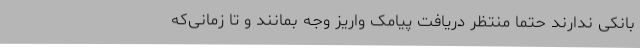
بانکی ندارند حتما منتظر دریافت پیامک واریز وجه بمانند و تا زمانی‌که